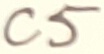
Text: C5